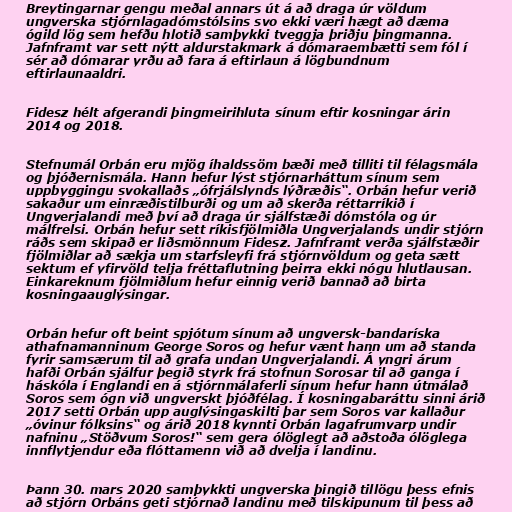
Breytingarnar gengu meðal annars út á að draga úr völdum
ungverska stjórnlagadómstólsins svo ekki væri hægt að dæma
ógild lög sem hefðu hlotið samþykki tveggja þriðju þingmanna.
Jafnframt var sett nýtt aldurstakmark á dómaraembætti sem fól í
sér að dómarar yrðu að fara á eftirlaun á lögbundnum
eftirlaunaaldri.

Fidesz hélt afgerandi þingmeirihluta sínum eftir kosningar árin
2014 og 2018.

Stefnumál Orbán eru mjög íhaldssöm bæði með tilliti til félagsmála
og þjóðernismála. Hann hefur lýst stjórnarháttum sínum sem
uppbyggingu svokallaðs „ófrjálslynds lýðræðis“. Orbán hefur verið
sakaður um einræðistilburði og um að skerða réttarríkið í
Ungverjalandi með því að draga úr sjálfstæði dómstóla og úr
málfrelsi. Orbán hefur sett ríkisfjölmiðla Ungverjalands undir stjórn
ráðs sem skipað er liðsmönnum Fidesz. Jafnframt verða sjálfstæðir
fjölmiðlar að sækja um starfsleyfi frá stjórnvöldum og geta sætt
sektum ef yfirvöld telja fréttaflutning þeirra ekki nógu hlutlausan.
Einkareknum fjölmiðlum hefur einnig verið bannað að birta
kosningaauglýsingar.

Orbán hefur oft beint spjótum sínum að ungversk-bandaríska
athafnamanninum George Soros og hefur vænt hann um að standa
fyrir samsærum til að grafa undan Ungverjalandi. Á yngri árum
hafði Orbán sjálfur þegið styrk frá stofnun Sorosar til að ganga í
háskóla í Englandi en á stjórnmálaferli sínum hefur hann útmálað
Soros sem ógn við ungverskt þjóðfélag. Í kosningabaráttu sinni árið
2017 setti Orbán upp auglýsingaskilti þar sem Soros var kallaður
„óvinur fólksins“ og árið 2018 kynnti Orbán lagafrumvarp undir
nafninu „Stöðvum Soros!“ sem gera ólöglegt að aðstoða ólöglega
innflytjendur eða flóttamenn við að dvelja í landinu.

Þann 30. mars 2020 samþykkti ungverska þingið tillögu þess efnis
að stjórn Orbáns geti stjórnað landinu með tilskipunum til þess að